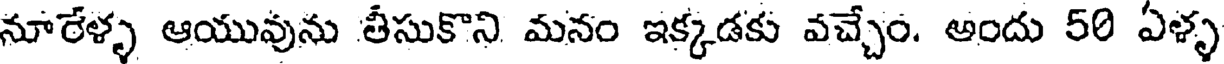
నూరేళ్ళ ఆయువును తీసుకొని మనం ఇక్కడకు వచ్చేం. అందు 50 ఏళ్ళ